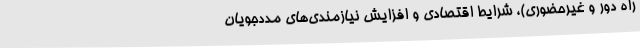
راه دور و غیرحضوری)، شرایط اقتصادی و افزایش نیازمندی‌های مددجویان